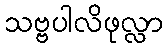
သဗ္ဗပါလိဖုလ္လာ